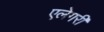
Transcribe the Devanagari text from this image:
एलेगरी